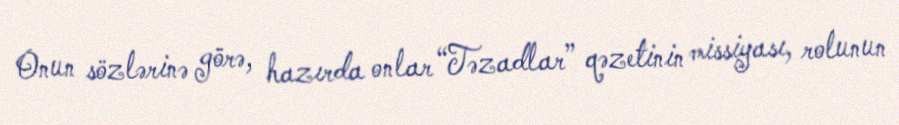
Onun sözlərinə görə, hazırda onlar “Təzadlar” qəzetinin missiyası, rolunun